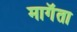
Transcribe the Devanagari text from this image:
मागॅता